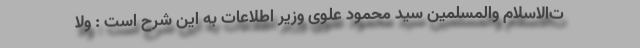
ت‌الاسلام والمسلمین سید محمود علوی وزیر اطلاعات به این شرح است : وَلَا